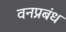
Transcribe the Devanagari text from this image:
वनप्रबंध